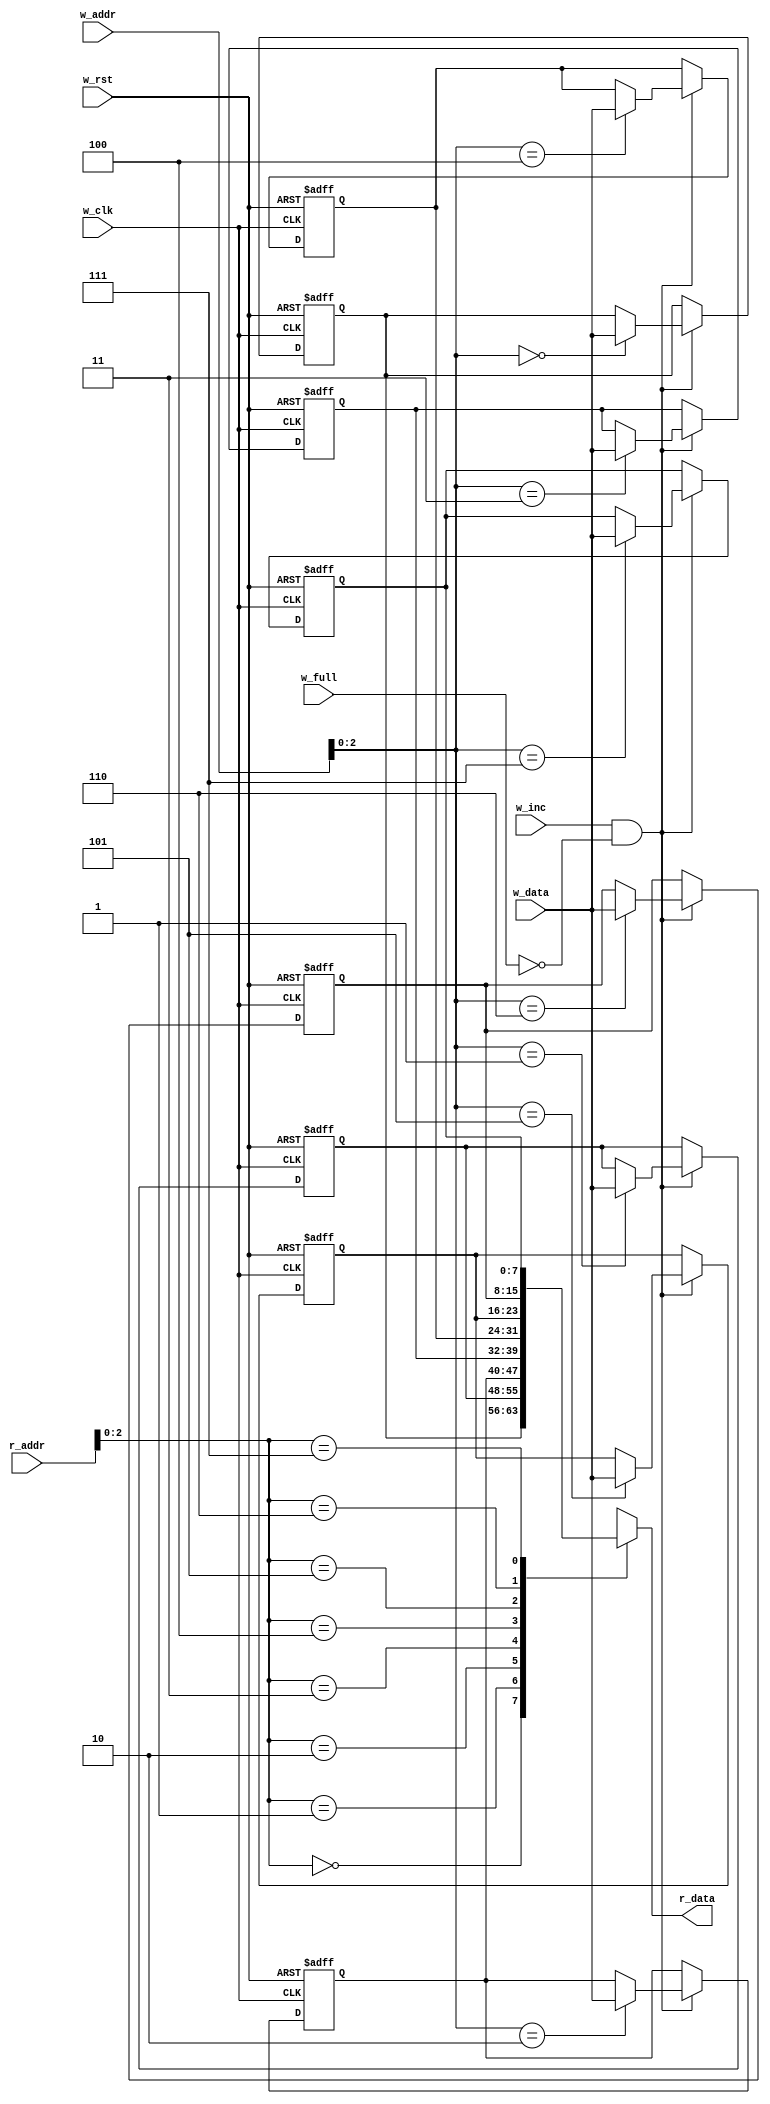
module ASYNC_FIFO_MEM_CNTRL #(parameter data_width = 8 , parameter add_width = 4 , parameter fifo_depth = 8)(
	input wire 						 w_inc ,
	input wire 						 w_full ,
	input wire 						 w_clk ,
	input wire						 w_rst ,
	input wire [data_width - 1 : 0 ] w_data ,
	input wire  [add_width - 1 : 0 ] w_addr ,
	input wire  [add_width - 1 : 0 ] r_addr ,
	output reg [data_width - 1 : 0 ] r_data 
);

/* Internal Signals */
wire wclken ;

/* Loop Counter */
reg [ fifo_depth - 1 : 0] i ;

/* Register Memory Definition */
reg [data_width - 1 : 0] regmem [ fifo_depth - 1 : 0] ;

/* Write Operation Logic */
always @ (posedge w_clk or negedge w_rst)
begin
	if( !w_rst )
	begin
		for ( i = 0 ; i < fifo_depth ; i = i + 1 )
		begin
			regmem[i] <= 0 ;
		end
	end
	else
	begin
		if (wclken)
		begin
			regmem[w_addr] <= w_data ;
		end
	end
end

/* Read Operation Logic */
always @ (*)
begin
	r_data = regmem[r_addr];
end

assign wclken = w_inc && (!w_full);

endmodule